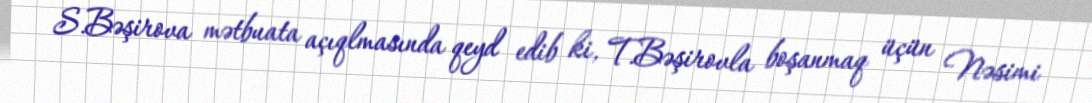
S.Bəşirova mətbuata açıqlmasında qeyd edib ki, T.Bəşirovla boşanmaq üçün Nəsimi